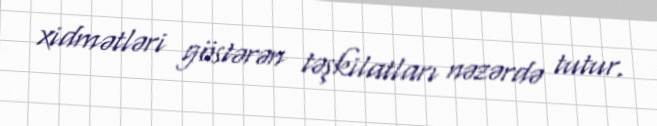
xidmətləri göstərən təşkilatları nəzərdə tutur.